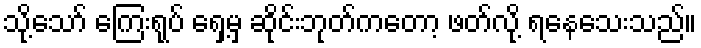
သို့သော် ကြေးရုပ် ရှေ့မှ ဆိုင်းဘုတ်ကတော့ ဖတ်လို့ ရနေသေးသည်။